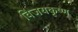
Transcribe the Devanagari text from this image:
विजयकृष्ण